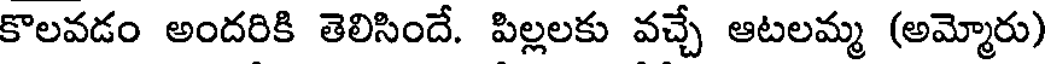
కొలవడం అందరికి తెలిసిందే. పిల్లలకు వచ్చే ఆటలమ్మ (అమ్మోరు)